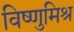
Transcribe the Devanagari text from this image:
विष्णुमिश्र